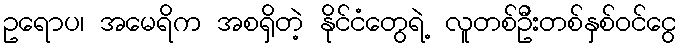
ဥရောပ၊ အမေရိက အစရှိတဲ့ နိုင်ငံတွေရဲ့ လူတစ်ဦးတစ်နှစ်ဝင်ငွေ